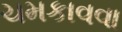
ચમકાવવા